Report of the Bombay Veterinary College
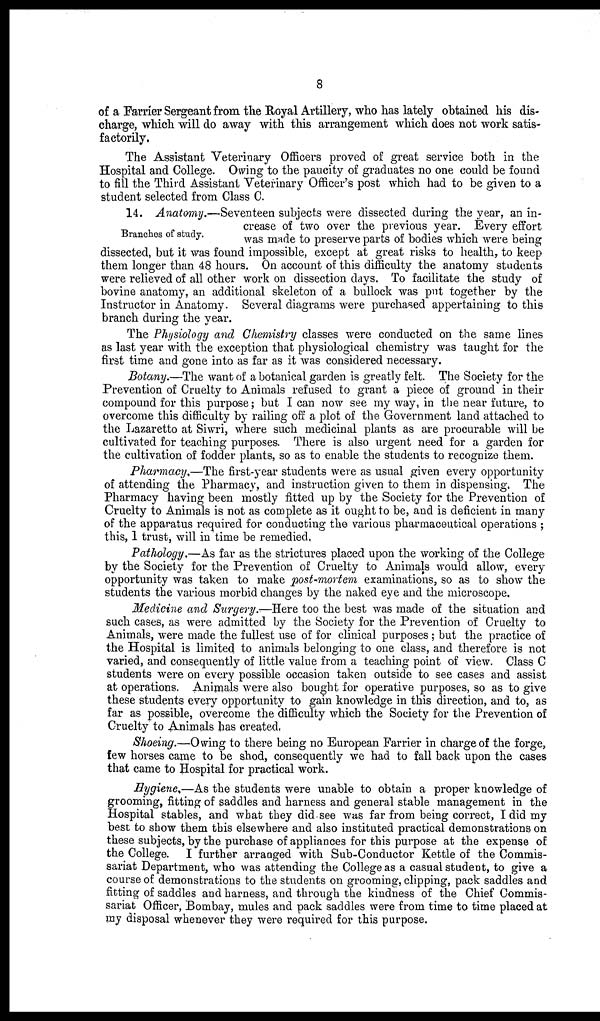
8
of a Farrier Sergeant from the Royal Artillery, who has lately obtained his dis-
charge, which will do away with this arrangement which does not work satis-
factorily.
The Assistant Veterinary Officers proved of great service both in the
Hospital and College. Owing to the paucity of graduates no one could be found
to fill the Third Assistant Veterinary Officer's post which had to be given to a
student selected from Class C.
Branches of study.
14. Anatomy.—Seventeen subjects were dissected during the year, an in-
crease of two over the previous year. Every effort
was made to preserve parts of bodies which were being
dissected, but it was found impossible, except at great risks to health, to keep
them longer than 48 hours. On account of this difficulty the anatomy students
were relieved of all other work on dissection days. To facilitate the study of
bovine anatomy, an additional skeleton of a bullock was put together by the
Instructor in Anatomy. Several diagrams were purchased appertaining to this
branch during the year.
The Physiology and Chemistry classes were conducted on the same lines
as last year with the exception that physiological chemistry was taught for the
first time and gone into as far as it was considered necessary.
Botany.—The want of a botanical garden is greatly felt. The Society for the
Prevention of Cruelty to Animals refused to grant a piece of ground in their
compound for this purpose; but I can now see my way, in the near future, to
overcome this difficulty by railing off a plot of the Government land attached to
the Lazaretto at Siwri, where such medicinal plants as are procurable will be
cultivated for teaching purposes. There is also urgent need for a garden for
the cultivation of fodder plants, so as to enable the students to recognize them.
Pharmacy.—The first-year students were as usual given every opportunity
of attending the Pharmacy, and instruction given to them in dispensing. The
Pharmacy having been mostly fitted up by the Society for the Prevention of
Cruelty to Animals is not as complete as it ought to be, and is deficient in many
of the apparatus required for conducting the various pharmaceutical operations ;
this, 1 trust, will in time be remedied,
Pathology,—As far as the strictures placed upon the working of the College
by the Society for the Prevention of Cruelty to Animals would allow, every
opportunity was taken to make post-mortem examinations, so as to show the
students the various morbid changes by the naked eye and the microscope.
Medicine and Surgery.—Here too the best was made of the situation and
such cases, as were admitted by the Society for the Prevention of Cruelty to
Animals, were made the fullest use of for clinical purposes; but the practice of
the Hospital is limited to animals belonging to one class, and therefore is not
varied, and consequently of little value from a teaching point of view. Class C
students were on every possible occasion taken outside to see cases and assist
at operations. Animals were also bought for operative purposes, so as to give
these students every opportunity to gain knowledge in this direction, and to, as
far as possible, overcome the difficulty which the Society for the Prevention of
Cruelty to Animals has created.
Shoeing.—Owing to there being no European Farrier in charge of the forge,
few horses came to be shod, consequently we had to fall back upon the cases
that came to Hospital for practical work.
Hygiene,—As the students were unable to obtain a proper knowledge of
grooming, fitting of saddles and harness and general stable management in the
Hospital stables, and what they did see was far from being correct, I did my
best to show them this elsewhere and also instituted practical demonstrations on
these subjects, by the purchase of appliances for this purpose at the expense of
the College. I further arranged with Sub-Conductor Kettle of the Commis-
sariat Department, who was attending the College as a casual student, to give a
course of demonstrations to the students on grooming, clipping, pack saddles and
fitting of saddles and harness, and through the kindness of the Chief Commis-
sariat Officer, Bombay, mules and pack saddles were from time to time placed at
my disposal whenever they were required for this purpose.